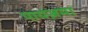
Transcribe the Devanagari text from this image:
पायज़मा